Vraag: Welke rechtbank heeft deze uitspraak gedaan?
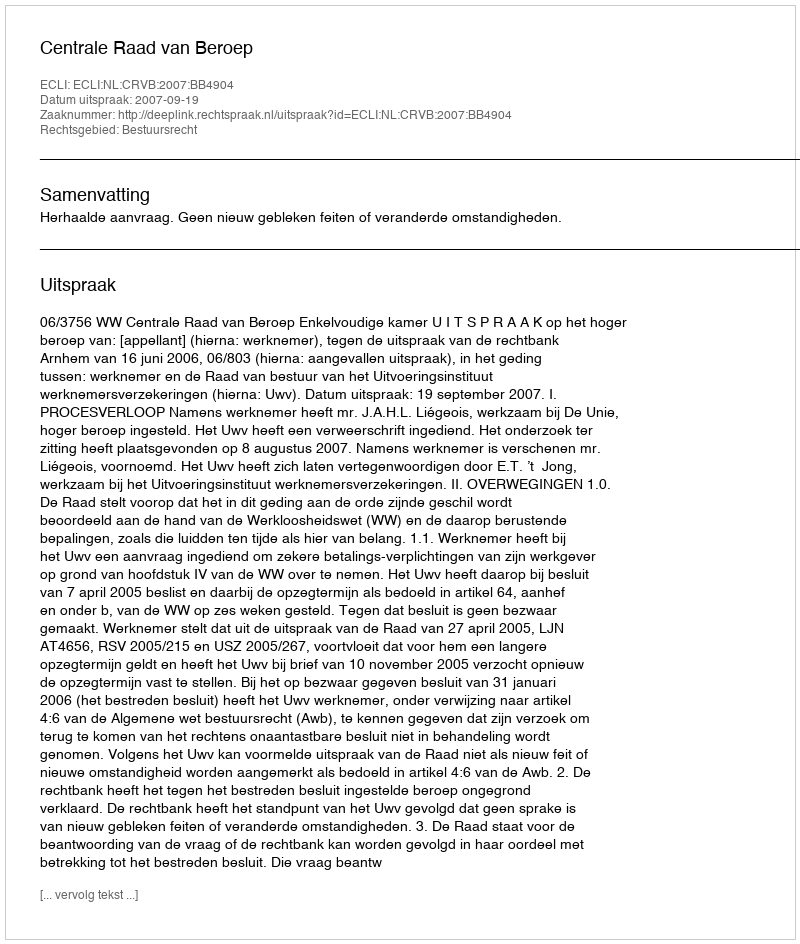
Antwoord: Centrale Raad van Beroep